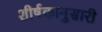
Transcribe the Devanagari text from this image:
शीर्षकानुसारी